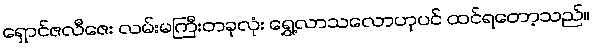
ရှောင်ဇလီဇေး လမ်းမကြီးတခုလုံး ရွှေ့လာသလောဟုပင် ထင်ရတော့သည်။